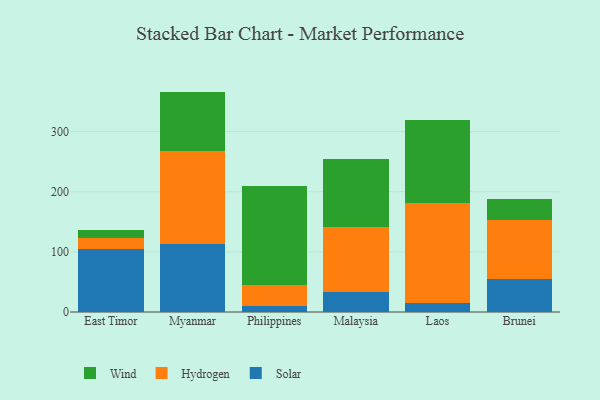
{"axis": {"x": "Country", "y": "Inventory Turnover"}, "legend": ["Hydrogen", "Solar", "Wind"], "data": [{"x": "East Timor", "y": 105.2, "type": "Solar"}, {"x": "East Timor", "y": 17.2, "type": "Hydrogen"}, {"x": "East Timor", "y": 13.3, "type": "Wind"}, {"x": "Myanmar", "y": 113.8, "type": "Solar"}, {"x": "Myanmar", "y": 154.3, "type": "Hydrogen"}, {"x": "Myanmar", "y": 98.4, "type": "Wind"}, {"x": "Philippines", "y": 9.2, "type": "Solar"}, {"x": "Philippines", "y": 34.9, "type": "Hydrogen"}, {"x": "Philippines", "y": 165.3, "type": "Wind"}, {"x": "Malaysia", "y": 33.9, "type": "Solar"}, {"x": "Malaysia", "y": 106.9, "type": "Hydrogen"}, {"x": "Malaysia", "y": 112.8, "type": "Wind"}, {"x": "Laos", "y": 14.4, "type": "Solar"}, {"x": "Laos", "y": 167.1, "type": "Hydrogen"}, {"x": "Laos", "y": 137.7, "type": "Wind"}, {"x": "Brunei", "y": 55.3, "type": "Solar"}, {"x": "Brunei", "y": 98.3, "type": "Hydrogen"}, {"x": "Brunei", "y": 34.8, "type": "Wind"}]}